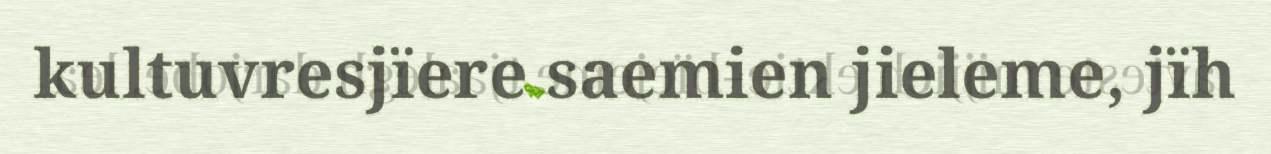
kultuvresjïere saemien jieleme, jïh